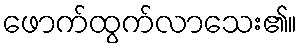
ဖောက်ထွက်လာသေး၏။